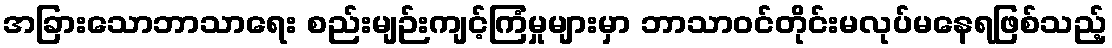
အခြားသောဘာသာရေး စည်းမျဉ်းကျင့်ကြံမှုများမှာ ဘာသာဝင်တိုင်းမလုပ်မနေရဖြစ်သည့်